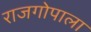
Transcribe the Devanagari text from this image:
राजगोपाला